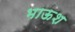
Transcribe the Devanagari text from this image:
भाऊश